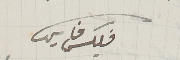
فليكس فارس